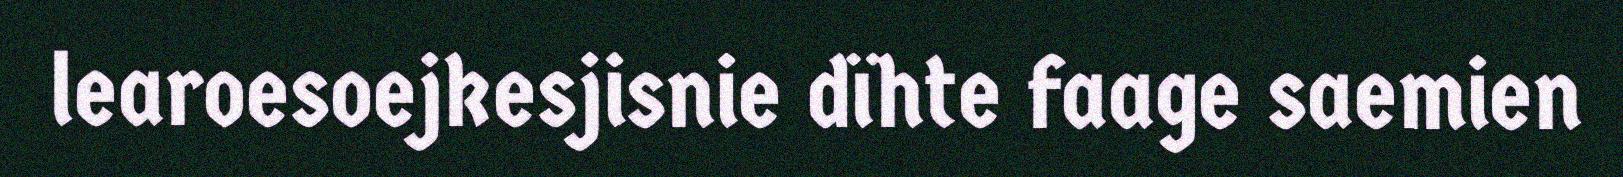
learoesoejkesjisnie dïhte faage saemien